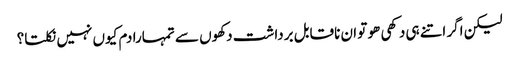
لیکن اگر اتنے ہی دکھی ھو تو ان ناقابل برداشت دکھوں سے تمہارا دم کیوں نہیں نکلتا؟